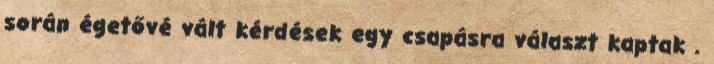
során égetővé vált kérdések egy csapásra választ kaptak .